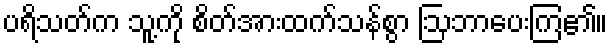
ပရိသတ်က သူ့ကို စိတ်အားထက်သန်စွာ ဩဘာပေးကြ၏။